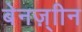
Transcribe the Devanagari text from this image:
बेनज़्ाीन